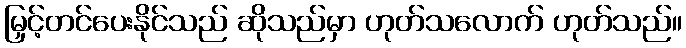
မြှင့်တင်ပေးနိုင်သည် ဆိုသည်မှာ ဟုတ်သလောက် ဟုတ်သည်။